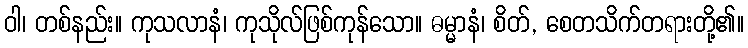
ဝါ၊ တစ်နည်း။ ကုသလာနံ၊ ကုသိုလ်ဖြစ်ကုန်သော။ ဓမ္မာနံ၊ စိတ်, စေတသိက်တရားတို့၏။